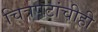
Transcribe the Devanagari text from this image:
चित्रपटांचीही